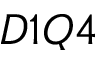
D 1 Q 4